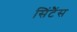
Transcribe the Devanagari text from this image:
सिंटैंस